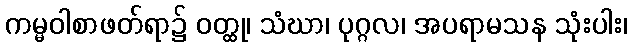
ကမ္မဝါစာဖတ်ရာ၌ ဝတ္ထု၊ သံဃာ၊ ပုဂ္ဂလ၊ အပရာမသန သုံးပါး၊